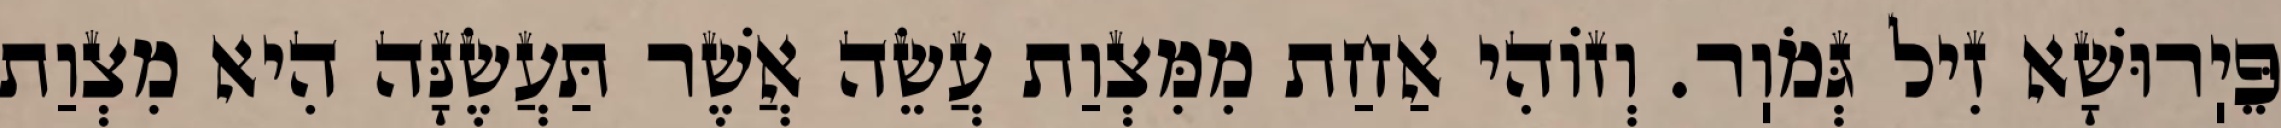
פֵּיֽרוּשָׁא זִיל גְּמֹוֽר. וְזוֹהִי אַחַת מִמִּצְוַת עֲשֵׂה אֲשֶׁר תַּעֲשֶׂנָּה הִיא מִצְוַת